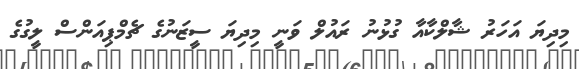
މިދިޔަ އަހަރު ޝާލްކާއާ ގުޅުނު ރައުލް ވަނީ މިދިޔަ ސީޒަނުގެ ޗެމްޕިއަންސް ލީގުގެ